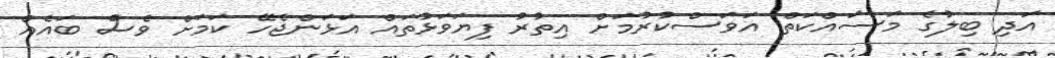
އަދި ބިލުގެ މަސައްކަތް އަވަސްކުރުމަށް އިތުރު ފިޔަވަޅުތައް އަޅަންޖެހޭ ކަމަށް ވެސް ބައެއް